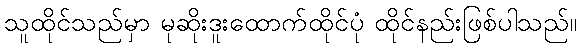
သူထိုင်သည်မှာ မုဆိုးဒူးထောက်ထိုင်ပုံ ထိုင်နည်းဖြစ်ပါသည်။